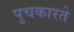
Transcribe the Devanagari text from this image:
पुचकारते